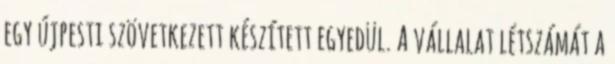
egy újpesti szövetkezett készített egyedül. A vállalat létszámát a